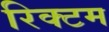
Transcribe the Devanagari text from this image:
रिक्टम